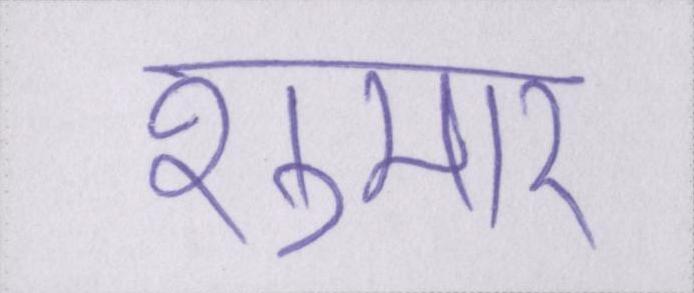
शुमार